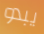
يبدو